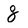
Character: 8